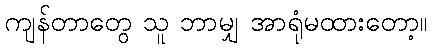
ကျန်တာတွေ သူ ဘာမျှ အာရုံမထားတော့။